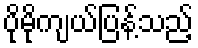
ပိုမိုကျယ်ပြန့်သည့်